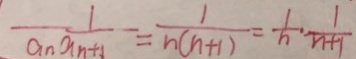
\frac { 1 } { a _ { n } a _ { n + 1 } } = \frac { 1 } { h ( n + 1 ) } = \frac { 1 } { n } \cdot \frac { 1 } { n + 1 }